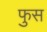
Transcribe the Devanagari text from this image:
फुस